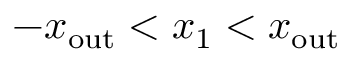
- x _ { \mathrm { o u t } } < x _ { 1 } < x _ { \mathrm { o u t } }